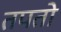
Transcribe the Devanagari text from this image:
तपतो